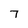
Character: 7